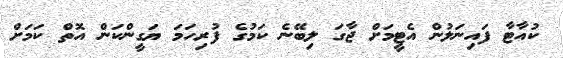
ކުއާޓާ ފައިނަލުން އެޓީމަށް ޖާގަ ލިބޭނެ ކަމުގެ ފުރިހަމަ ޔަގީންކަން އޮތް ކަމަށް